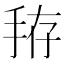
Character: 𰓚